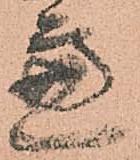
慮